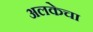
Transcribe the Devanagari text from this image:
अलकेचा